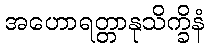
အဟောရတ္တာနုသိက္ခိနံ